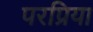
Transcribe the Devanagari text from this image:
परप्रिया